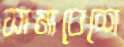
সামাবেশে